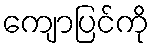
ကျောပြင်ကို